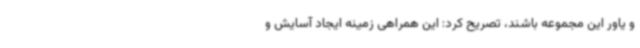
و یاور این مجموعه باشند، تصریح کرد: این همراهی زمینه ایجاد آسایش و